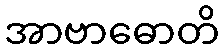
အာဗာဓောတိ